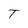
Character: T